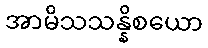
အာမိသသန္နိစယော